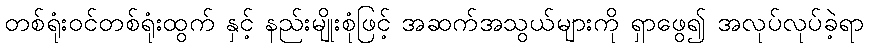
တစ်ရုံးဝင်တစ်ရုံးထွက် နှင့် နည်းမျိုးစုံဖြင့် အဆက်အသွယ်များကို ရှာဖွေ၍ အလုပ်လုပ်ခဲ့ရာ